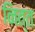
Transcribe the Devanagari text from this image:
नित्त